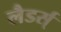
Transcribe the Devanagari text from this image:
लैडर्स्